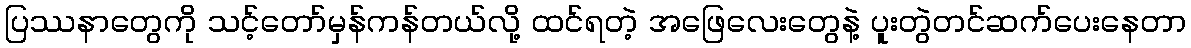
ပြဿနာတွေကို သင့်တော်မှန်ကန်တယ်လို့ ထင်ရတဲ့ အဖြေလေးတွေနဲ့ ပူးတွဲတင်ဆက်ပေးနေတာ